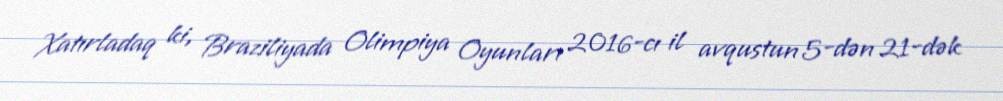
Xatırladaq ki, Braziliyada Olimpiya Oyunları 2016-cı il avqustun 5-dən 21-dək